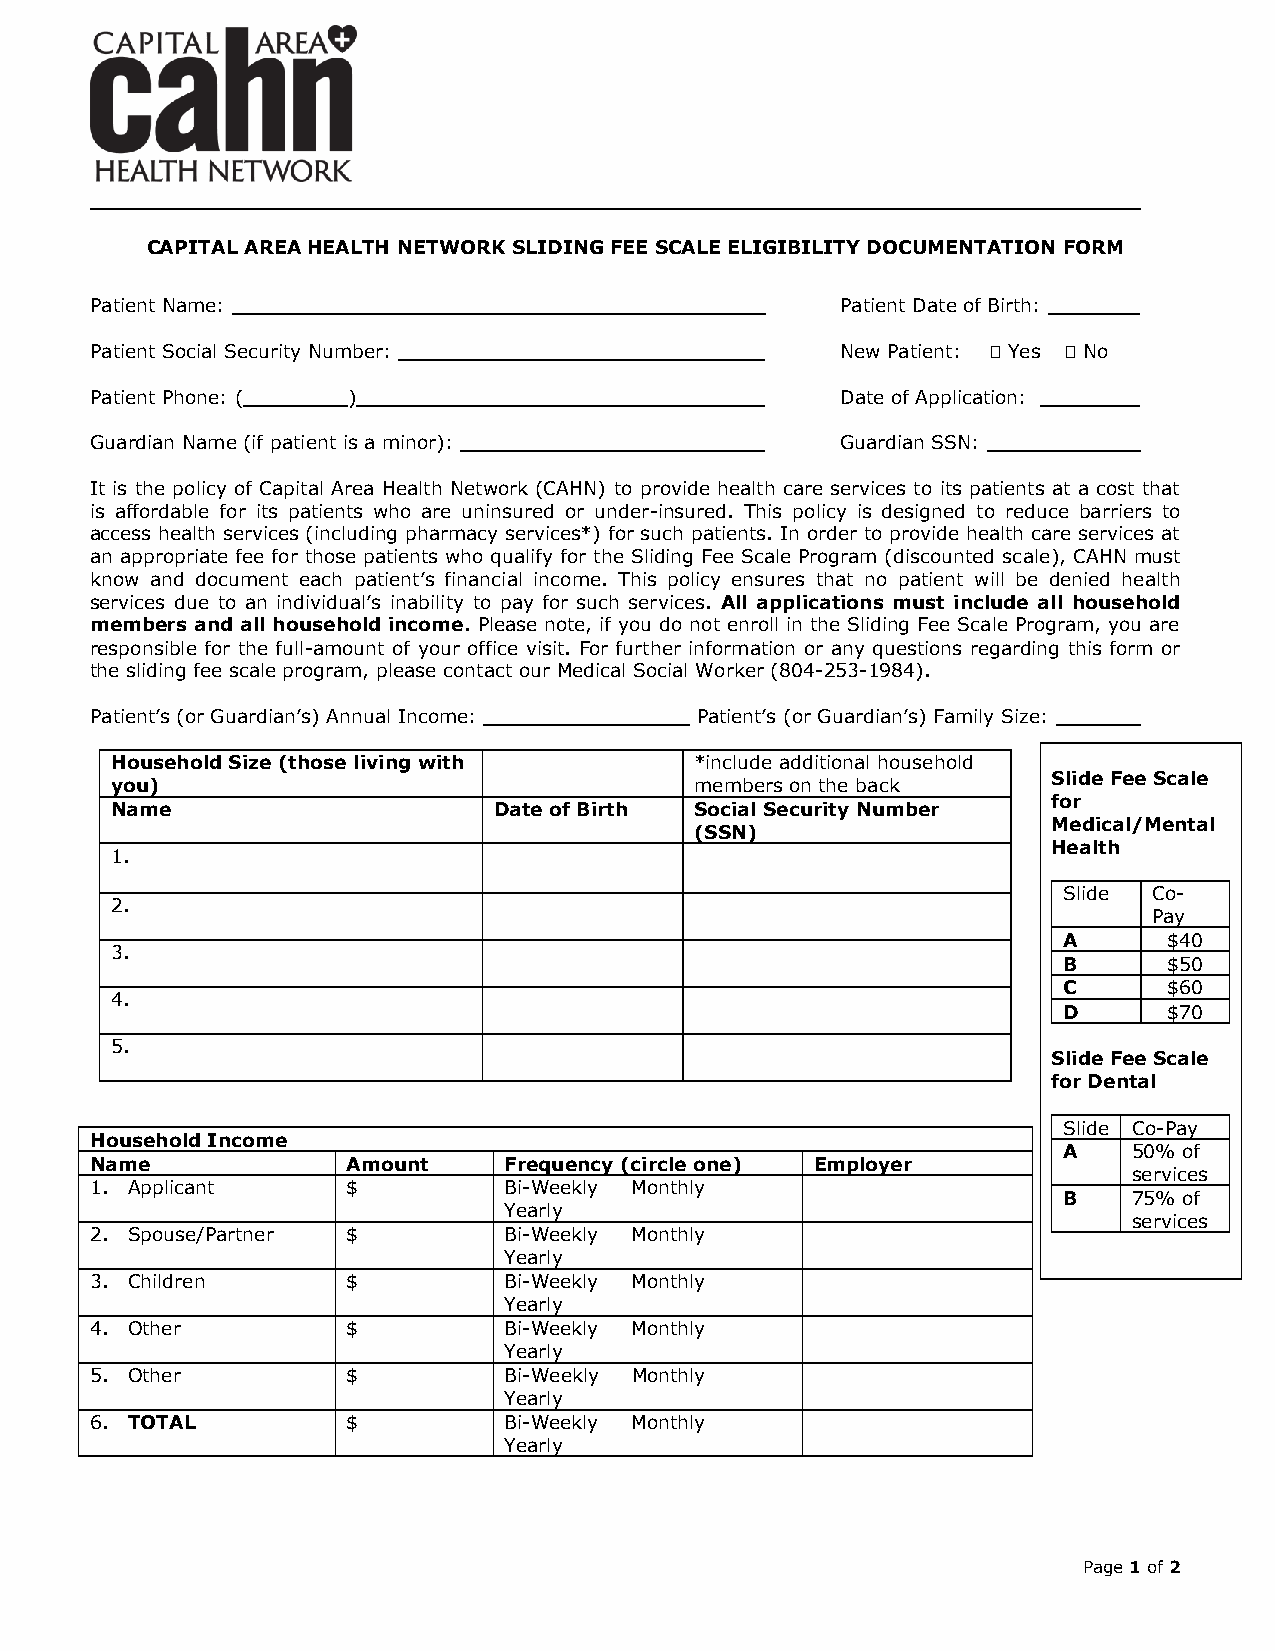
CAPITAL AREA HEALTH NETWORK SLIDING FEE SCALE ELIGIBILITY DOCUMENTATION FORM
 Patient Name:                                     Patient Date of Birth:
 Patient Social Security Number:                   New Patient:  Yes  No
 Patient Phone: ( )                                Date of Application:
 Guardian Name (if patient is a minor):            Guardian SSN:
 It is the policy of Capital Area Health Network (CAHN) to provide health care services to its patients at a cost that
 is affordable for its patients who are uninsured or under-insured. This policy is designed to reduce barriers to
 access health services (including pharmacy services*) for such patients. In order to provide health care services at
 an appropriate fee for those patients who qualify for the Sliding Fee Scale Program (discounted scale), CAHN must
 know and document each patient’s financial income. This policy ensures that no patient will be denied health
 services due to an individual’s inability to pay for such services. All applications must include all household
 members and all household income. Please note, if you do not enroll in the Sliding Fee Scale Program, you are
 responsible for the full-amount of your office visit. For further information or any questions regarding this form or
 the sliding fee scale program, please contact our Medical Social Worker (804-253-1984).
 Patient’s (or Guardian’s) Annual Income: Patient’s (or Guardian’s) Family Size:
 Household Size (those living with      *include additional household
 Slide Fee Scale
 you)                                   members on the back
 for
 Name                      Date of Birth Social Security Number
 Medical/Mental
 (SSN)
 Health
 1.
 Slide Co-
 2.
 Pay
 A      $40
 3.
 B      $50
 C      $60
 4.
 D      $70
 5.
 Slide Fee Scale
 for Dental
 Slide Co-Pay
 Household Income
 A    50% of
 Name             Amount    Frequency (circle one) Employer
 services
 1. Applicant     $         Bi-Weekly Monthly
 B    75% of
 Yearly
 services
 2. Spouse/Partner $        Bi-Weekly Monthly
 Yearly
 3. Children      $         Bi-Weekly Monthly
 Yearly
 4. Other         $         Bi-Weekly Monthly
 Yearly
 5. Other         $         Bi-Weekly Monthly
 Yearly
 6. TOTAL         $         Bi-Weekly Monthly
 Yearly
 Page 1 of 2